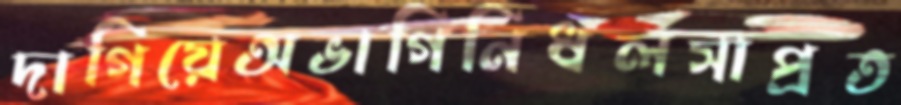
দাগিয়েঅভাগিনিধলসাপ্রত